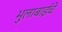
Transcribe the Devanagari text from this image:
भुलाबाईचे